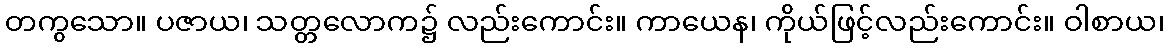
တကွသော။ ပဇာယ၊ သတ္တလောက၌ လည်းကောင်း။ ကာယေန၊ ကိုယ်ဖြင့်လည်းကောင်း။ ဝါစာယ၊